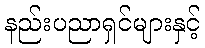
နည်းပညာရှင်များနှင့်